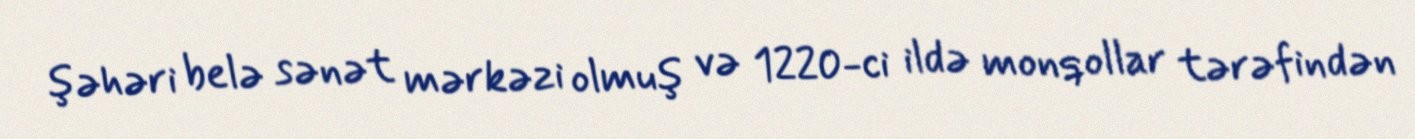
şəhəri belə sənət mərkəzi olmuş və 1220-ci ildə monqollar tərəfindən